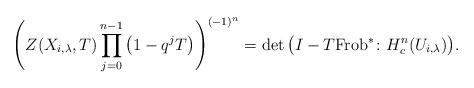
LaTeX: \begin{gather*} \left(Z(X_{i,\lambda},T)\prod_{j=0}^{n-1} \big(1-q^j T\big)\right)^{(-1)^n} = \det\big(I- T \mathrm{Frob}^* \colon H^{n}_c(U_{i,\lambda})\big).\end{gather*}